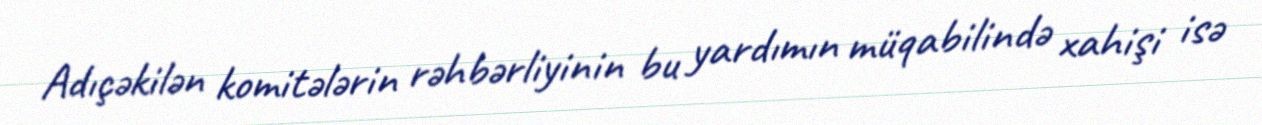
Adıçəkilən komitələrin rəhbərliyinin bu yardımın müqabilində xahişi isə